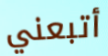
أتبعني